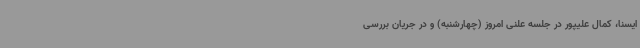
ایسنا، کمال علیپور در جلسه علنی امروز (چهارشنبه) و در جریان بررسی